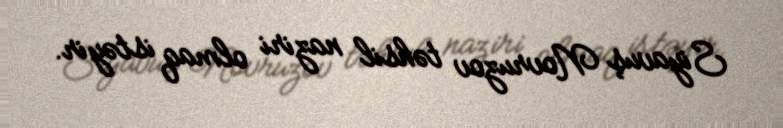
Siyavuş Novruzov təhsil naziri olmaq istəyir.